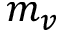
m _ { v }